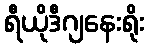
ရီယိုဒီဂျနေးရိုး